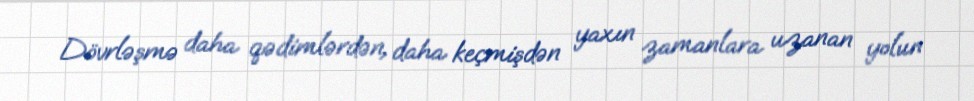
Dövrləşmə daha qədimlərdən, daha keçmişdən yaxın zamanlara uzanan yolun